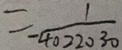
= - \frac { 1 } { 4 0 2 2 0 3 0 }